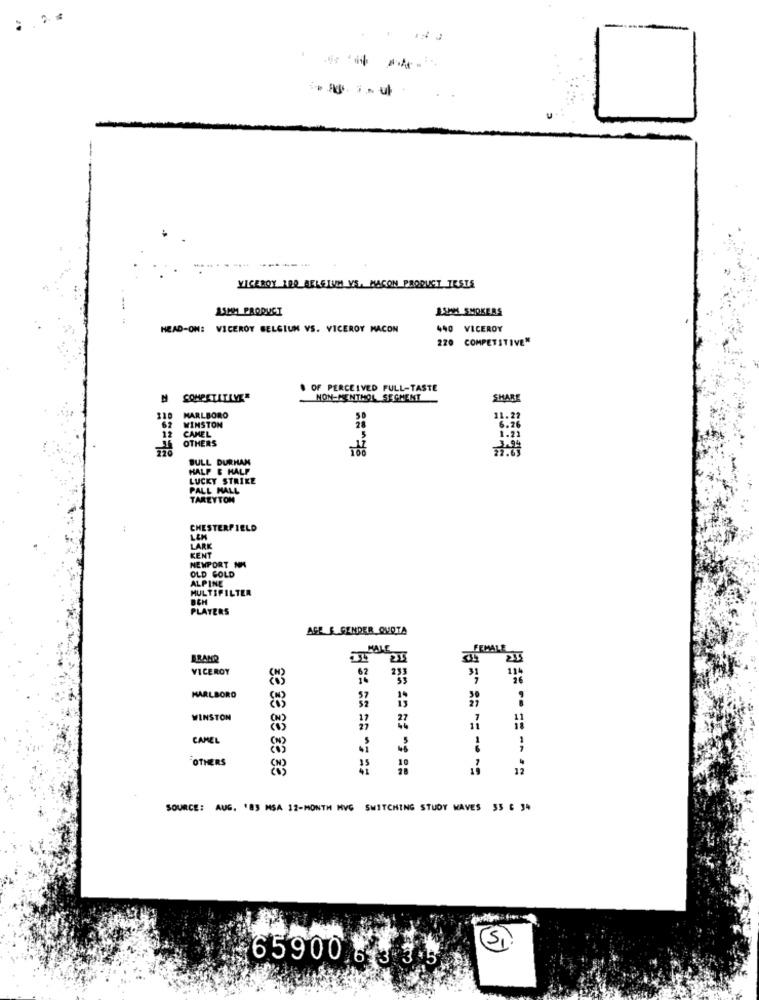
VICEROY 100 BELGIUM VS. MACON PRODUCT TESTE
15MM PRODUCT
1.5MM SMOKERS
HEAD-ON: VICEROY BELGIUM VS. VICEROY MACON
440 VICEROY
O COMPETITIVE"
OF PERCEIVED FULL-TASTE
M COMPETITIVE
NON-MENTHOL SEGMENT
SHARE
110
MARLBORO
WINSTON
11.21
CAMEL
6.2
12
OTHERS
BULL DURHAN
HALF & HALF
LUCKY STRIKE
PALL MALL
TAREYTON
CHESTERFIELD
LARK
KENT
NEWPORT NH
OLD GOLD
ALPINE
MULTIFILTER
BCH
PLAYERS
AGE & GENDER_QUOTA
MALE
VICEROY
62
115
233
MARLBORO
57
WINSTON
17
CAMEL
1
OTHERS
32
SOURCE: AUG. '85 MSA 12-MONTH MVG SWITCHING STUDY WAVES 55 6 34
65900 8 J 35